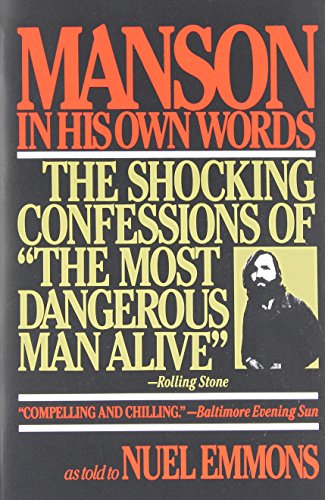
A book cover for Manson in His Own Words: The Shocking Confessions of 'The Most Dangerous Man Alive'; Charles Manson; Biographies & Memoirs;